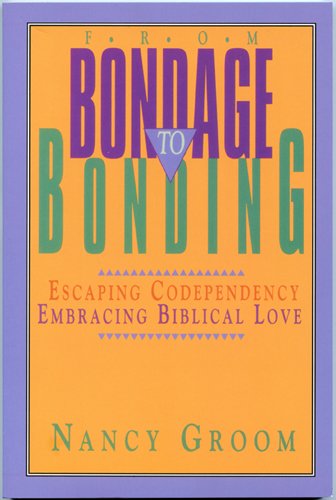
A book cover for From Bondage to Bonding: Escaping Codependency, Embracing Biblical Love (God's Design for the Family); Nancy Groom; Self-Help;